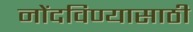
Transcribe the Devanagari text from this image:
नोंदविण्यासाठी